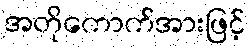
အတိုကောက်အားဖြင့်